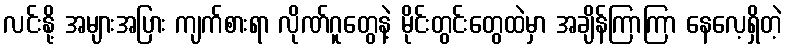
လင်းနို့ အများအပြား ကျက်စားရာ လိုဏ်ဂူတွေနဲ့ မိုင်းတွင်းတွေထဲမှာ အချိန်ကြာကြာ နေလေ့ရှိတဲ့